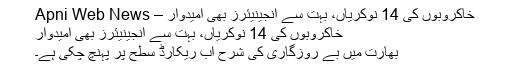
خاکروبوں کی 14 نوکریاں، بہت سے انجینیئرز بھی امیدوار – Apni Web News
خاکروبوں کی 14 نوکریاں، بہت سے انجینیئرز بھی امیدوار
بھارت میں بے روزگاری کی شرح اب ریکارڈ سطح پر پہنچ چکی ہے۔